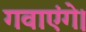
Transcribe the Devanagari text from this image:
गवाएंगे।